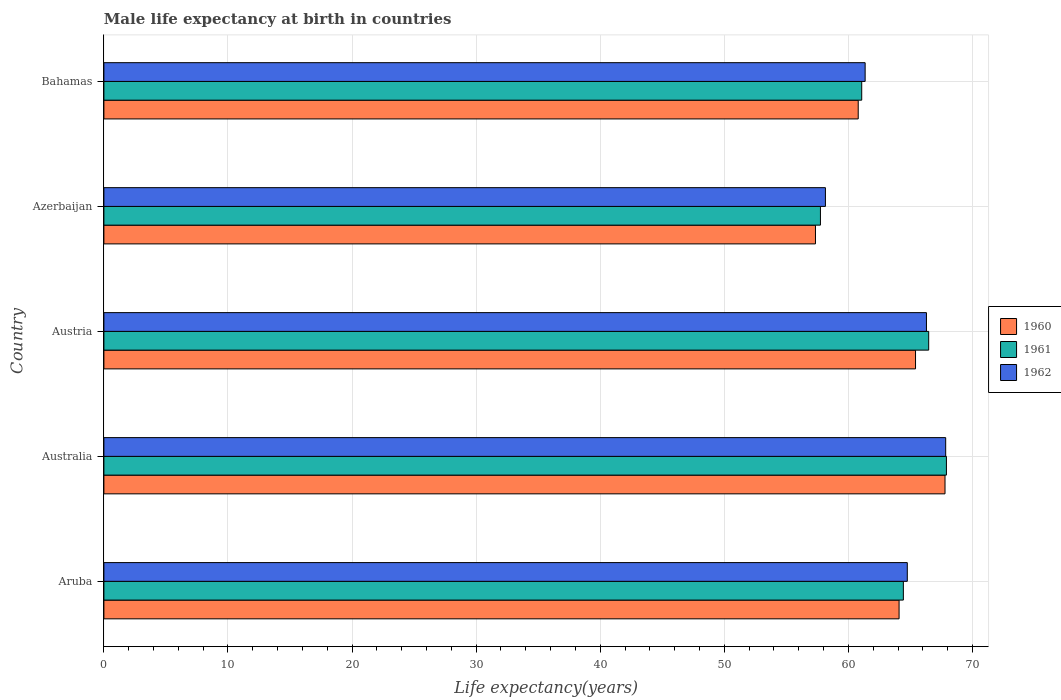
| Country | 1960 | 1961 | 1962 |
 | --- | --- | --- | --- |
 | Aruba | 64.1 | 64.4 | 64.7 |
 | Australia | 67.8 | 67.9 | 67.8 |
 | Austria | 65.4 | 66.5 | 66.3 |
 | Azerbaijan | 57.3 | 57.7 | 58.1 |
 | Bahamas | 60.8 | 61.1 | 61.3 |